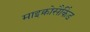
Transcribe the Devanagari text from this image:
माइक्रोसैकिंड